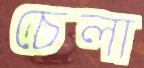
চেলা